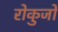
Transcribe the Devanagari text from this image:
रोकुजो